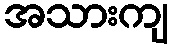
အသားကျ